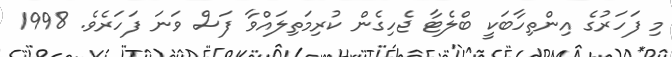
މި ފަހަރުގެ އިންތިހާބަކީ ބްލެޓާ ޖެހިގެން ކުރިމަތިލައްވާ ފަސް ވަނަ ފަހަރެވެ. 1998